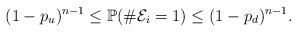
LaTeX: \begin{align*}(1-p_u)^{n-1} \leq \mathbb{P}(\#{\cal E}_i = 1) \leq (1-p_d)^{n-1}. \end{align*}